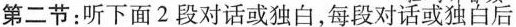
第二节:听下面 2 段对话或独白,每段对话或独白后